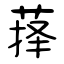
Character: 萚